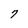
Character: 7